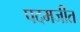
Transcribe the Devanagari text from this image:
पदमजीत